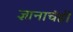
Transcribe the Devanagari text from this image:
ज्ञानाचंही